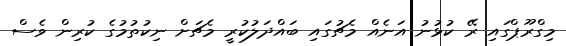
މިގްރޫޕްގައި ރޭ ކުޅުނު އަނެއް މެޗުގައި ބައްދަލުކުރީ މެޗަށް ނިކުތުމުގެ ކުރިން ވެސް